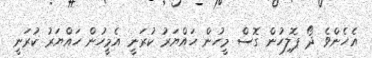
އެހެންވެ ދޯ ޕޮލިހުން ގޮސް މީހުން ހައްޔަރު ކުރަނީ އެމީހުން ހައްޔަރު ކުރަނީ